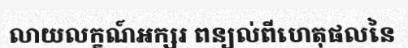
លាយលក្ខណ៍អក្សរ ពន្យល់ពីហេតុផលនៃ